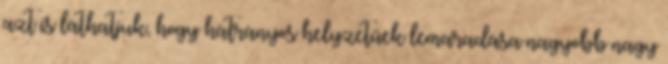
azt is láthatjuk, hogy hátrányos helyzetűek lemaradása nagyobb nagy